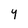
Character: Y